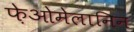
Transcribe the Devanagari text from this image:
फ़ेओमेलानिन